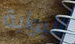
البوابة